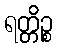
ရတ္တိဉ္စ